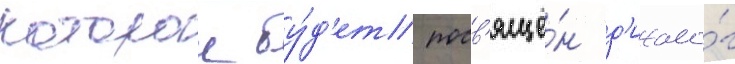
которои бу́д'ет посв'ящё́н д'иало́г